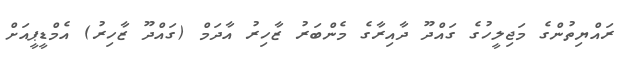
ރައްޔިތުންގެ މަޖިލީހުގެ ގައްދޫ ދާއިރާގެ މެންބަރު ޒާހިރު އާދަމް (ގައްދޫ ޒާހިރު) އެމްޑީޕީއަށް